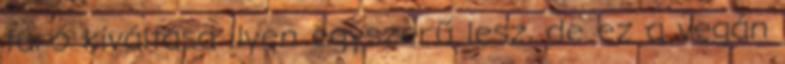
túró kiváltása ilyen egyszerű lesz, de ez a vegán